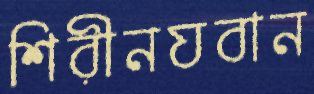
শিরীনযবান